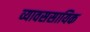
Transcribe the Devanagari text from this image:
व्यावससायिक